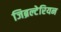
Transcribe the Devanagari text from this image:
जिब्रल्टेरियन